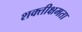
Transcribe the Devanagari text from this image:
शक्तीक्षमता